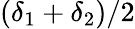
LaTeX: (\delta_{1}+\delta_{2})/2